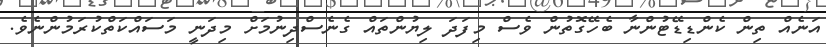
އަނެއް ތިން ކެންޑިޑޭޓުންނާ ބެހޭގޮތުން ވެސް މިފަދަ ލިޔުންތައް ގެނެސްދިނުމަށް މިދަނީ މަސައްކަތްކުރަމުންނެވެ.